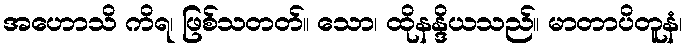
အဟောသိ ကိရ၊ ဖြစ်သတတ်။ သော၊ ထိုနန္ဒိယသည်။ မာတာပိတူနံ၊